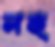
লক্